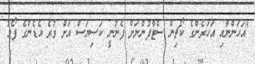
"އަހަންނާއި އަހަރެންގެ ކޯޗިން ސްޓާފުންނަށް ފެނުނީ ކަސިޔަސް އަށް ވުރެ އެޑެންގެ ފޯމު